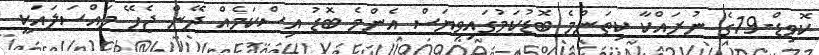
ކޮވިޑް-19ގެ ނުރައްކާ ކިތަންމެ ބޮޑުކަމުގައިވިޔަސް އެންމެ ބޮޑު އިސްކަމެއް ދޭން ޖެހޭ މައްސަލައަކީ